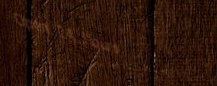
Open 24 Hours